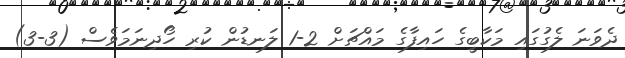
ދެވަނަ ލެގުގައި މަކާބީގެ ހައިފާގެ މައްޗަށް 2-1 ލަނޑުން ކުރި ހޯދިނަމަވެސް (3-3)